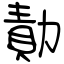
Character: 勣